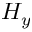
H _ { y }